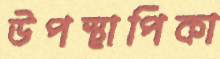
উপস্থাপিকা